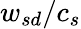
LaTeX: {w_{sd}}/c_{s}